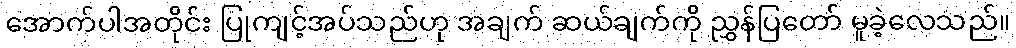
အောက်ပါအတိုင်း ပြုကျင့်အပ်သည်ဟု အချက် ဆယ်ချက်ကို ညွှန်ပြတော် မူခဲ့လေသည်။